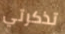
تذكرتي